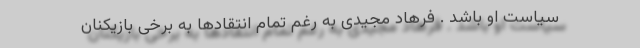
سیاست او باشد . فرهاد مجیدی به رغم تمام انتقادها به برخی بازیکنان